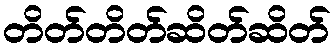
တိတ်တိတ်ဆိတ်ဆိတ်